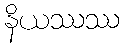
နိယဿဿ